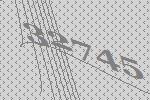
32745